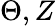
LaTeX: \Theta,Z